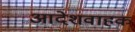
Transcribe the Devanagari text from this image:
आदेशवाहक